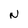
Character: N